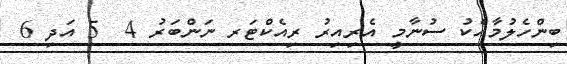
ބިންހެލުމާއެކު ސުނާމީ އެރިއިރު ރިއެކްޓަރ ނަންބަރު 4  5 އަދި 6